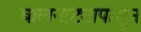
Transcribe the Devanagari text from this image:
बालनाट्यापासून